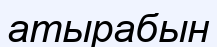
атырабын